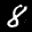
Label: 8